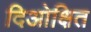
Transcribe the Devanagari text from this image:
दिओक्षित